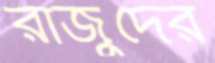
রাজুদের